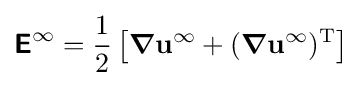
{\boldsymbol {\mathsf {E}}}^{\infty }={\frac {1}{2}}\left[{\boldsymbol {\nabla }}\mathbf {u} ^{\infty }+({\boldsymbol {\nabla }}\mathbf {u} ^{\infty })^{\mathrm {T} }\right]